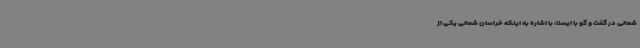
شمالی در گفت و گو با ایسنا، با اشاره به اینکه خراسان شمالی یکی از